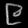
Digit: ၉